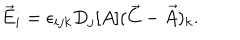
\vec { E } _ { i } = \epsilon _ { i j k } D _ { j } [ A ] ( \vec { C } - \vec { A } ) _ { k } .